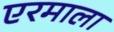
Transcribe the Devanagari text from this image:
एरमाला